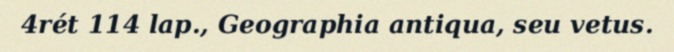
4rét 114 lap., Geographia antiqua, seu vetus.